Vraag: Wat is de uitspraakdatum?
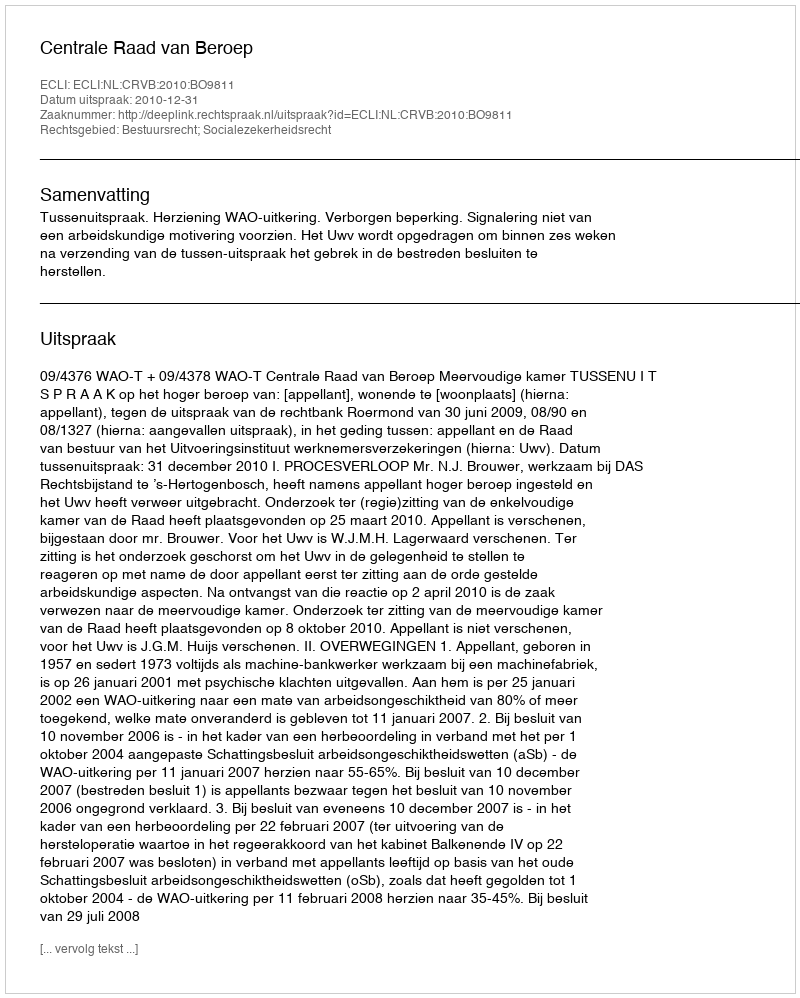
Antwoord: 2010-12-31